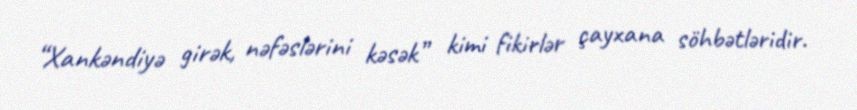
“Xankəndiyə girək, nəfəslərini kəsək” kimi fikirlər çayxana söhbətləridir.